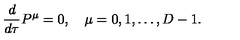
\frac { d } { d \tau } P ^ { \mu } = 0 , \quad \mu = 0 , 1 , \ldots , D - 1 .